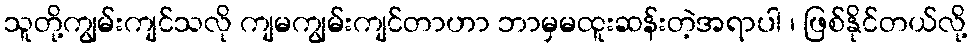
သူတို့ကျွမ်းကျင်သလို ကျမကျွမ်းကျင်တာဟာ ဘာမှမထူးဆန်းတဲ့အရာပါ ၊ ဖြစ်နိုင်တယ်လို့